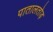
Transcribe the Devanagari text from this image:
पातालतोड़